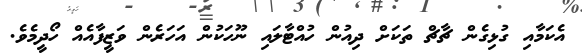
އެކަމާއި ގުޅިގެން ޗާޗް ތަކަށް ދިއުން ހުއްޓާލައި ނޫހަކުން އަހަރެން ވަޒީފާއެއް ހޯދީމެވެ.